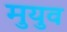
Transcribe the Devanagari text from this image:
मुयुव